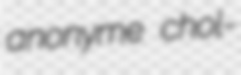
anonyme chol-